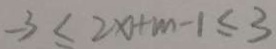
- 3 < 2 x + m - 1 \leq 3